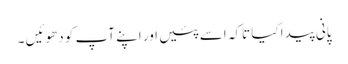
پانی پیدا کیا تاکہ اسے پئیں اور اپنے آپ کو دھوئیں ۔